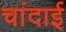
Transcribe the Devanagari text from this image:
चांदाई